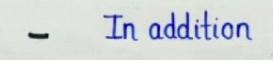
-        In addition